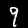
Digit: 9